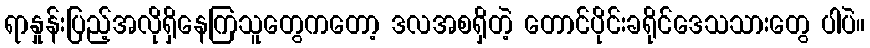
ရာနှုန်းပြည့်အလိုရှိနေကြသူတွေကတော့ ဒလအစရှိတဲ့ တောင်ပိုင်းခရိုင်ဒေသသားတွေ ပါပဲ။